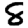
Digit: 8